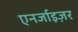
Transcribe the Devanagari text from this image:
एनर्जाइज़र